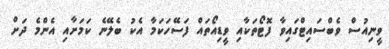
ވީނިއުސް ވެބްސައިޓްގައިވާ ފޮޓޯތަކާއި ވީޑިއޯތައް ފަސޭހަކަމާ އެކު ބެލޭނެ ކަމަށާއި އެންމެ ދަށް